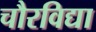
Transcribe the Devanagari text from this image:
चौरविद्या